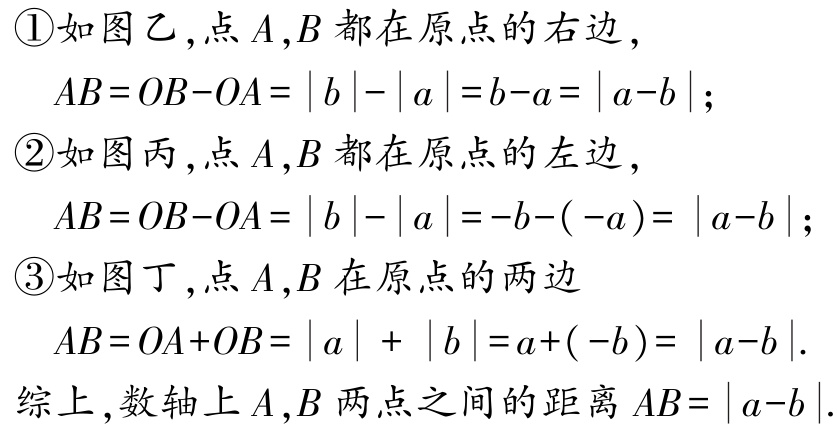
\textcircled{1}如图乙,点\(A,B\)都在原点的右边,

\(AB = OB - OA=\vert b\vert-\vert a\vert=b - a=\vert a - b\vert\);

\textcircled{2}如图丙,点\(A,B\)都在原点的左边,

\(AB = OB - OA=\vert b\vert-\vert a\vert=-b-(-a)=\vert a - b\vert\);

\textcircled{3}如图丁,点\(A,B\)在原点的两边

\(AB = OA + OB=\vert a\vert+\vert b\vert=a+(-b)=\vert a - b\vert\).

综上,数轴上\(A,B\)两点之间的距离\(AB=\vert a - b\vert\).